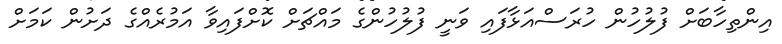
އިންތިހާބަށް ފުލުހުން ހުރަސްއަޅާފައި ވަނީ ފުލުހުންގެ މައްޗަށް ކޮށްފައިވާ އަމުރެއްގެ ދަށުން ކަމަށް